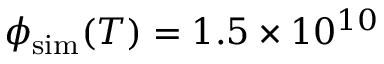
\phi _ { \mathrm { s i m } } ( T ) = 1 . 5 \times 1 0 ^ { 1 0 }